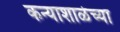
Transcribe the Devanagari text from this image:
कन्याशाळेच्या